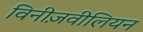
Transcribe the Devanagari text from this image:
विनीज़वीलियन